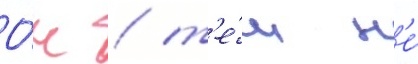
О́н / т'е́м н'е́